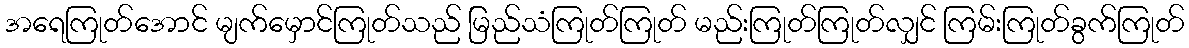
အရေကြုတ်အောင် မျက်မှောင်ကြုတ်သည် မြည်သံကြုတ်ကြုတ် မည်းကြုတ်ကြုတ်လျှင် ကြမ်းကြုတ်ခွက်ကြုတ်